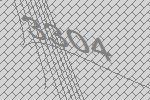
3304